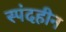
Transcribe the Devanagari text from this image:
स्पंदहीन